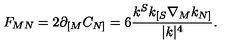
F _ { M N } = 2 \partial _ { [ M } C _ { N ] } = 6 { \frac { k ^ { S } k _ { [ S } \nabla _ { M } k _ { N ] } } { | k | ^ { 4 } } } .